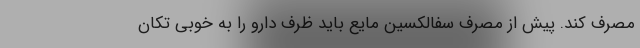
مصرف کند. پیش از مصرف سفالکسین مایع باید ظرف دارو را به خوبی تکان